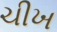
ચીખ